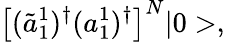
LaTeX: \left[(\tilde{a}_{1}^{1})^{\dagger}(a_{1}^{1})^{\dagger}\right]^{N}|0>,